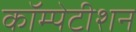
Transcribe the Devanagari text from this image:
कॉम्पेटीशन